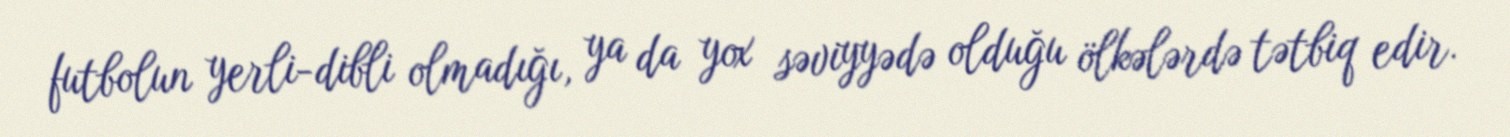
futbolun yerli-dibli olmadığı, ya da yox səviyyədə olduğu ölkələrdə tətbiq edir.